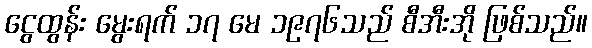
ငွေထွန်း မွေးရက် ၁၇ မေ ၁၉၇၆သည် စီအီးအို ဖြစ်သည်။